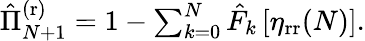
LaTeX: \begin{array}{r}{\hat{\Pi}_{N+1}^{\mathrm{(r)}}=1-\sum_{k=0}^{N}\hat{F}_{k}\left[\eta_{\mathrm{rr}}(N)\right].}\end{array}